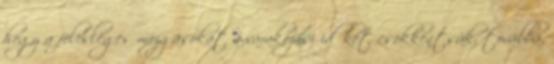
hogy a felesleges mozgásokat a várakozási időket csökkentsük, továbbá,